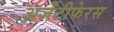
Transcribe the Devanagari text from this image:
अर्जेंटीफेरस